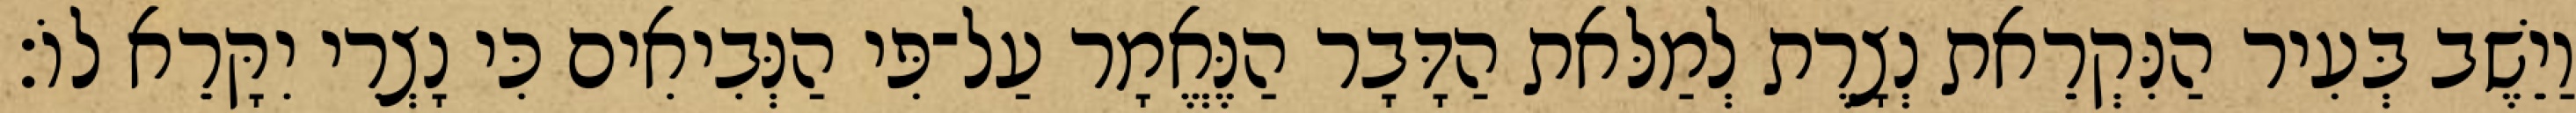
וַיֵשֶׁב בְּעִיר הַנִּקְרֵאת נְצָרֶת לְמַלּאת הַדָּבָר הַנֶּאֱמָר עַל־פִּי הַנְּבִיאִים כִּי נָצְרִי יִקָּרֵא לוֹ׃